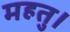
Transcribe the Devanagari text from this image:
महतु।